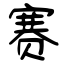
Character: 赛